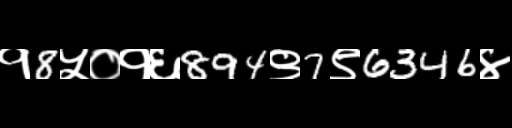
Text: १8५०१६894९7९6346४